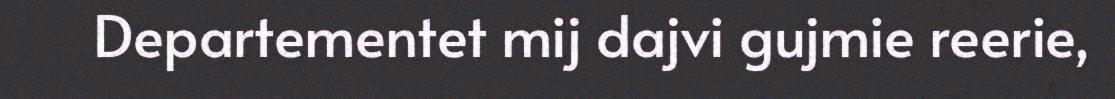
Departementet mij dajvi gujmie reerie,